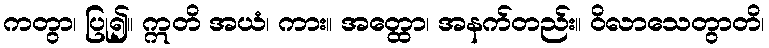
ကတွာ၊ ပြု၍။ ဣတိ အယံ၊ ကား။ အတ္ထော၊ အနက်တည်း။ ဝိလာသေတွာတိ၊